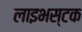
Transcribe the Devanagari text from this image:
लाइभस्टक